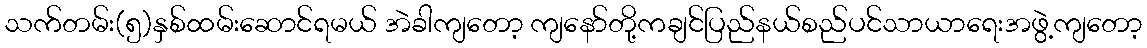
သက်တမ်း(၅)နှစ်ထမ်းဆောင်ရမယ် အဲခါကျတော့ ကျနော်တို့ကချင်ပြည်နယ်စည်ပင်သာယာရေးအဖွဲ့ကျတော့